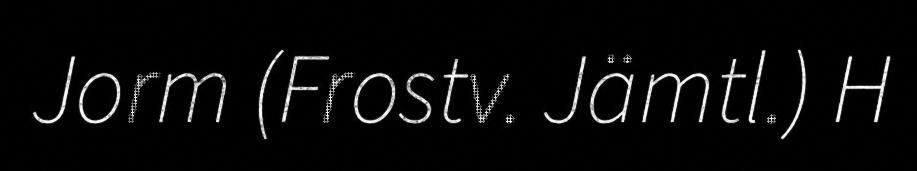
Jorm (Frostv. Jämtl.) H